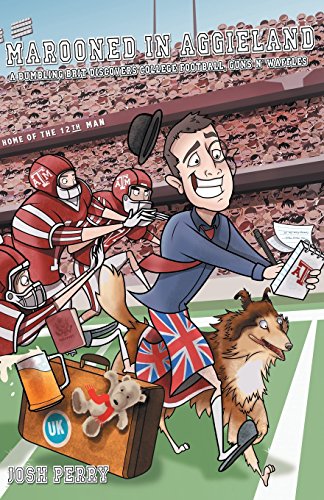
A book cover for Marooned in Aggieland: A Bumbling Brit Discovers College Football, Guns N' Waffles; Josh Perry; Biographies & Memoirs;